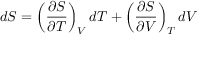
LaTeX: d S = \left( { \frac { \partial S } { \partial T } } \right) _ { V } d T + \left( { \frac { \partial S } { \partial V } } \right) _ { T } d V